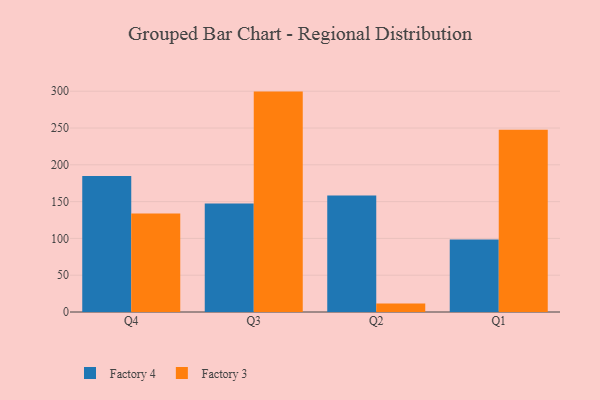
{"axis": {"x": "Quarter", "y": "Bounce Rate (%)"}, "legend": ["Factory 3", "Factory 4"], "data": [{"x": "Q4", "y": 184.8, "type": "Factory 4"}, {"x": "Q4", "y": 133.7, "type": "Factory 3"}, {"x": "Q3", "y": 147.4, "type": "Factory 4"}, {"x": "Q3", "y": 299.5, "type": "Factory 3"}, {"x": "Q2", "y": 158.4, "type": "Factory 4"}, {"x": "Q2", "y": 11.5, "type": "Factory 3"}, {"x": "Q1", "y": 98.4, "type": "Factory 4"}, {"x": "Q1", "y": 247.6, "type": "Factory 3"}]}